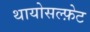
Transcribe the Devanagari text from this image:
थायोसल्फ़ेट